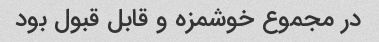
در مجموع خوشمزه و قابل قبول بود